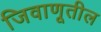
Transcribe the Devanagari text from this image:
जिवाणूतील